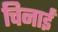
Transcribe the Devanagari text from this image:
चिनाईं